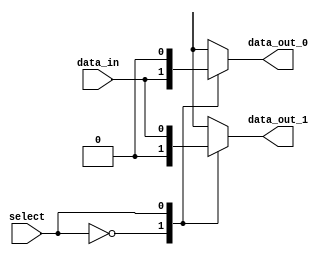
module demux_1to2 (
    input wire data_in,
    input wire select,
    output reg data_out_0,
    output reg data_out_1
);

always @ (data_in, select)
begin
    case (select)
        1'b0: begin
            data_out_0 = data_in;
            data_out_1 = 1'b0;
        end
        1'b1: begin
            data_out_0 = 1'b0;
            data_out_1 = data_in;
        end
        default: begin
            data_out_0 = 1'b0;
            data_out_1 = 1'b0;
        end
    endcase
end

endmodule